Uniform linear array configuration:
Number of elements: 32
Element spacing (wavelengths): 0.75
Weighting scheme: exponential
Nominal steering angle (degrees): -30
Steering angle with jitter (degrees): -29.471
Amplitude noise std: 0.05
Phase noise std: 0.05

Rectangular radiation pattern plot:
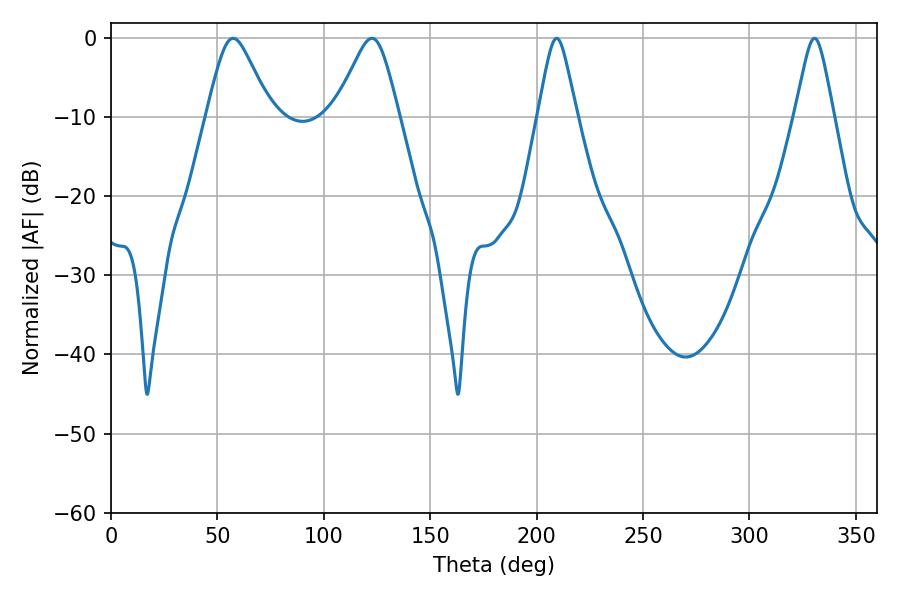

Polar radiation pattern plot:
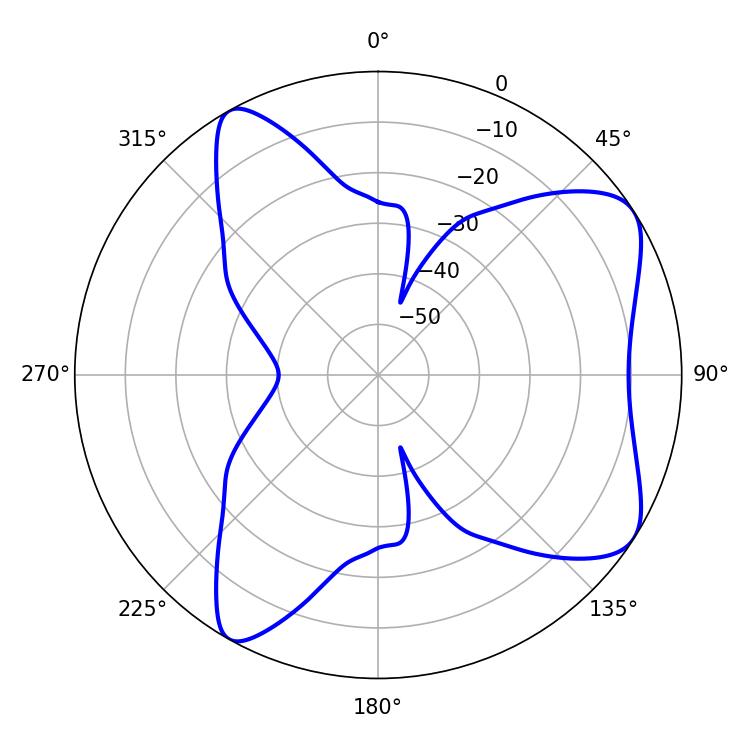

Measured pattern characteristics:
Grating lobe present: TRUE
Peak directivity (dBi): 7.357
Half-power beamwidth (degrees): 14.4
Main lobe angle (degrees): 57.42